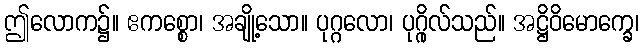
ဤလောက၌။ ဧကစ္စော၊ အချို့သော။ ပုဂ္ဂလော၊ ပုဂ္ဂိုလ်သည်။ အဋ္ဌိဝိမောက္ခေ၊